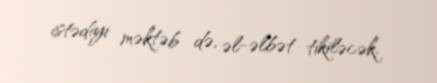
istədiyi məktəb də, əl-əlbət tikiləcək.